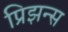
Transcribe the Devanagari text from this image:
प्रिझन्स